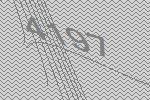
4197